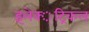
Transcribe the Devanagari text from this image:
इलेक्‍्ट्रिकल